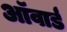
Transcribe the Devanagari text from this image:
ऑवार्ड